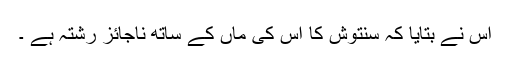
اس نے بتایا کہ سنتوش کا اس کی ماں کے ساتھ ناجائز رشتہ ہے ۔